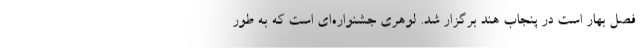
فصل بهار است در پنجاب هند برگزار شد. لوهری جشنواره‌ای است که به طور